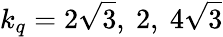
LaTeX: k_{q}={2}{\sqrt{3}},\ 2,\ {4}{\sqrt{3}}